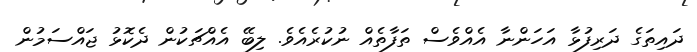
ދައިތަގެ ދަރިފުޅާ އަހަންނާ އެއްވެސް ތަފާތެއް ނުކުރެއެވެ. ލިބޭ އެއްޗަކުން ދެކޮޅު ޖައްސަމުން